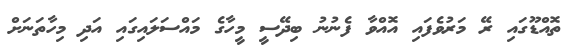
ތޮއްޑޫގައި ރޭ މަރުވެފައި އޮއްވާ ފެނުނު ބިދޭސީ މީހާގެ މައްސަލައިގައި އަދި މިހާތަނަށް